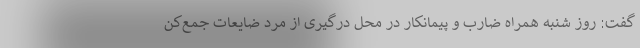
گفت: روز شنبه همراه ضارب و پیمانکار در محل درگیری از مرد ضایعات جمع‌کن